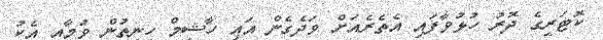
ކޮޓަރީގެ ދޮރު ހުޅުވާފައި އެތެރެއަށް ވަދެގެން އައި ހާޝިމް ހިނިތުން ވުމާއި އެކު